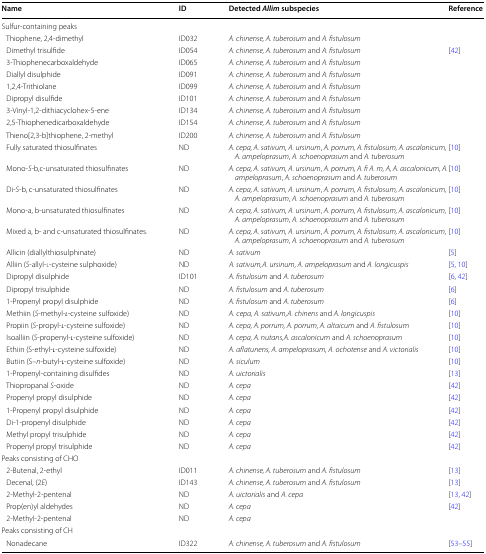
<table><thead><tr><td><b>Name</b></td><td><b>ID</b></td><td><b>Detected <i>Allim</i> subspecies</b></td><td><b>Reference</b></td></tr></thead><tbody><tr><td colspan="4">Sulfur-containing peaks</td></tr><tr><td> Thiophene, 2,4-dimethyl</td><td>ID032</td><td><i>A. chinense, A. tuberosum</i> and <i>A. fistulosum</i></td><td></td></tr><tr><td> Dimethyl trisulfide</td><td>ID054</td><td><i>A. chinense, A. tuberosum</i> and <i>A. fistulosum</i></td><td>[42]</td></tr><tr><td> 3-Thiophenecarboxaldehyde</td><td>ID065</td><td><i>A. chinense, A. tuberosum</i> and <i>A. fistulosum</i></td><td></td></tr><tr><td> Diallyl disulphide</td><td>ID091</td><td><i>A. chinense, A. tuberosum</i> and <i>A. fistulosum</i></td><td></td></tr><tr><td> 1,2,4-Trithiolane</td><td>ID099</td><td><i>A. chinense, A. tuberosum</i> and <i>A. fistulosum</i></td><td></td></tr><tr><td> Dipropyl disulfide</td><td>ID101</td><td><i>A. chinense, A. tuberosum</i> and <i>A. fistulosum</i></td><td></td></tr><tr><td> 3-Vinyl-1,2-dithiacyclohex-5-ene</td><td>ID134</td><td><i>A. chinense, A. tuberosum</i> and <i>A. fistulosum</i></td><td></td></tr><tr><td> 2,5-Thiophenedicarboxaldehyde</td><td>ID154</td><td><i>A. chinense, A. tuberosum</i> and <i>A. fistulosum</i></td><td></td></tr><tr><td> Thieno[2,3-b]thiophene, 2-methyl</td><td>ID200</td><td><i>A. chinense, A. tuberosum</i> and <i>A. fistulosum</i></td><td></td></tr><tr><td> Fully saturated thiosulfinates</td><td>ND</td><td><i>A. cepa, A. sativum, A. ursinum</i>, <i>A. porrum, A. fistulosum, A. ascalonicum, A. ampeloprasum</i>, <i>A. schoenoprasum</i> and <i>A. tuberosum</i></td><td>[10]</td></tr><tr><td> Mono-<i>S</i>-b,c-unsaturated thiosulfinates</td><td>ND</td><td><i>A. cepa, A. sativum, A. ursinum</i>, <i>A. porrum, A. fi A. m, A, A. ascalonicum, A. ampeloprasum</i>, <i>A. schoenoprasum</i> and <i>A. tuberosum</i></td><td>[10]</td></tr><tr><td> Di-<i>S</i>-b, c-unsaturated thiosulfinates</td><td>ND</td><td><i>A. cepa, A. sativum, A. ursinum</i>, <i>A. porrum, A. fistulosum, A. ascalonicum, A. ampeloprasum</i>, <i>A. schoenoprasum</i> and <i>A. tuberosum</i></td><td>[10]</td></tr><tr><td> Mono-a, b-unsaturated thiosulfinates</td><td>ND</td><td><i>A. cepa, A. sativum, A. ursinum</i>, <i>A. porrum, A. fistulosum, A. ascalonicum, A. ampeloprasum</i>, <i>A. schoenoprasum</i> and <i>A. tuberosum</i></td><td>[10]</td></tr><tr><td> Mixed a, b- and c-unsaturated thiosulfinates.</td><td>ND</td><td><i>A. cepa, A. sativum, A. ursinum</i>, <i>A. porrum, A. fistulosum, A. ascalonicum, A. ampeloprasum</i>, <i>A. schoenoprasum</i> and <i>A. tuberosum</i></td><td>[10]</td></tr><tr><td> Allicin (diallylthiosulphinate)</td><td>ND</td><td><i>A. sativum</i></td><td>[5]</td></tr><tr><td> Alliin (<i>S</i>-allyl-l-cysteine sulphoxide)</td><td>ND</td><td><i>A. sativum,A. ursinum, A. ampeloprasum</i> and <i>A. longicuspis</i></td><td>[5, 10]</td></tr><tr><td> Dipropyl disulphide</td><td>ID101</td><td><i>A. fistulosum</i> and <i>A. tuberosum</i></td><td>[6, 42]</td></tr><tr><td> Dipropyl trisulphide</td><td>ND</td><td><i>A. fistulosum</i> and <i>A. tuberosum</i></td><td>[6]</td></tr><tr><td> 1-Propenyl propyl disulphide</td><td>ND</td><td><i>A. fistulosum</i> and <i>A. tuberosum</i></td><td>[6]</td></tr><tr><td> Methiin (<i>S</i>-methyl-<i>l</i>-cysteine sulfoxide)</td><td>ND</td><td><i>A.</i><i>cepa, A. sativum,A. chinens</i> and <i>A. longicuspis</i></td><td>[10]</td></tr><tr><td> Propiin (<i>S</i>-propyl-<i>l</i>-cysteine sulfoxide)</td><td>ND</td><td><i>A. cepa, A. porrum, A. porrum, A. altaicum</i> and <i>A. fistulosum</i></td><td>[10]</td></tr><tr><td> Isoalliin (<i>S</i>-propenyl-<i>l</i>-cysteine sulfoxide)</td><td>ND</td><td><i>A. cepa, A. nutans,A. ascalonicum</i> and <i>A. schoenoprasum</i></td><td>[10]</td></tr><tr><td> Ethiin (S-ethyl-<i>l</i>-cysteine sulfoxide)</td><td>ND</td><td><i>A. aflatunens, A. ampeloprasum, A. ochotense</i> and <i>A. victorialis</i></td><td>[10]</td></tr><tr><td> Butiin (S–<i>n</i>-butyl-<i>l</i>-cysteine sulfoxide)</td><td>ND</td><td><i>A. siculum</i></td><td>[10]</td></tr><tr><td> 1-Propenyl-containing disulfides</td><td>ND</td><td><i>A. uictorialis</i></td><td>[13]</td></tr><tr><td> Thiopropanal <i>S</i>-oxide</td><td>ND</td><td><i>A. cepa</i></td><td>[42]</td></tr><tr><td> Propenyl propyl disulphide</td><td>ND</td><td><i>A. cepa</i></td><td>[42]</td></tr><tr><td> 1-Propenyl propyl disulphide</td><td>ND</td><td><i>A. cepa</i></td><td>[42]</td></tr><tr><td> Di-1-propenyl disulphide</td><td>ND</td><td><i>A. cepa</i></td><td>[42]</td></tr><tr><td> Methyl propyl trisulphide</td><td>ND</td><td><i>A. cepa</i></td><td>[42]</td></tr><tr><td> Propenyl propyl trisulphide</td><td>ND</td><td><i>A. cepa</i></td><td>[42]</td></tr><tr><td colspan="4">Peaks consisting of CHO</td></tr><tr><td> 2-Butenal, 2-ethyl</td><td>ID011</td><td><i>A. chinense, A. tuberosum</i> and <i>A. fistulosum</i></td><td>[13]</td></tr><tr><td> Decenal, (2<i>E</i>)</td><td>ID143</td><td><i>A. chinense, A. tuberosum</i> and <i>A. fistulosum</i></td><td>[13]</td></tr><tr><td> 2-Methyl-2-pentenal</td><td>ND</td><td><i>A. uictorialis</i> and <i>A. cepa</i></td><td>[13, 42]</td></tr><tr><td> Prop(en)yl aldehydes</td><td>ND</td><td><i>A. cepa</i></td><td>[42]</td></tr><tr><td> 2-Methyl-2-pentenal</td><td>ND</td><td><i>A. cepa</i></td><td></td></tr><tr><td colspan="4">Peaks consisting of CH</td></tr><tr><td> Nonadecane</td><td>ID322</td><td><i>A. chinense, A. tuberosum</i> and <i>A. fistulosum</i></td><td>[53–55]</td></tr></tbody></table>